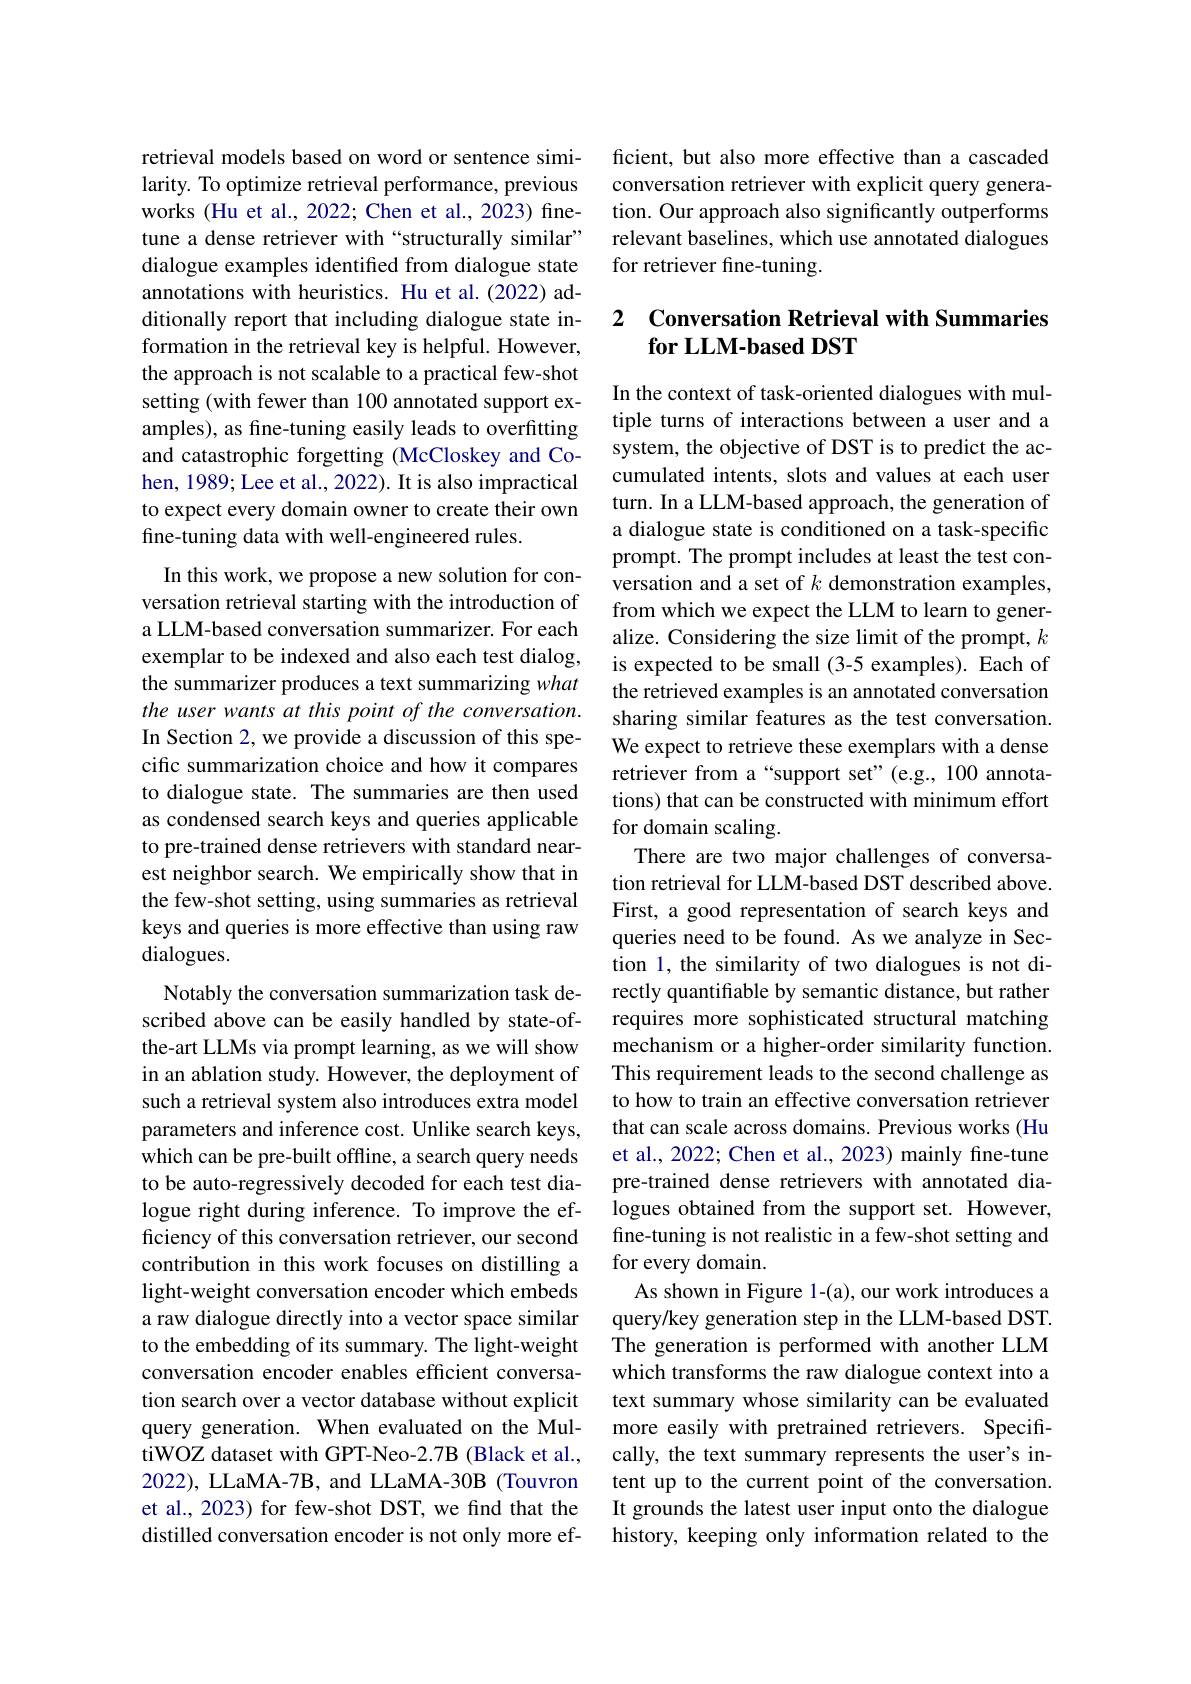
retrieval models based on word or sentence similarity. To optimize retrieval performance, previous works (Hu et al., 2022; Chen et al., 2023) finetune a dense retriever with“structurally similar” dialogue examples identified from dialogue state annotations with heuristics. Hu et al.(2022) additionally report that including dialogue state information in the retrieval key is helpful. However, the approach is not scalable to a practical few-shot setting (with fewer than 100 annotated support examples), as fine-tuning easily leads to overfitting and catastrophic forgetting (McCloskey and Cohen, 1989; Lee et al., 2022). It is also impractical to expect every domain owner to create their own fine-tuning data with well-engineered rules.

In this work, we propose a new solution for conversation retrieval starting with the introduction of a LLM-based conversation summarizer. For each exemplar to be indexed and also each test dialog, the summarizer produces a text summarizing what the user wants at this point of the conversation. In Section 2, we provide a discussion of this specific summarization choice and how it compares to dialogue state. The summaries are then used as condensed search keys and queries applicable to pre-trained dense retrievers with standard nearest neighbor search. We empirically show that in the few-shot setting, using summaries as retrieval keys and queries is more effective than using raw dialogues.
Notably the conversation summarization task described above can be easily handled by state-ofthe-art LLMs via prompt learning, as we will show in an ablation study. However, the deployment of such a retrieval system also introduces extra model parameters and inference cost. Unlike search keys, which can be pre-built offline, a search query needs to be auto-regressively decoded for each test dialogue right during inference. To improve the efficiency of this conversation retriever, our second contribution in this work focuses on distilling a light-weight conversation encoder which embeds a raw dialogue directly into a vector space similar to the embedding of its summary. The light-weight conversation encoder enables efficient conversation search over a vector database without explicit query generation. When evaluated on the MultiWOZ dataset with GPT-Neo-2.7B (Black et al., 2022), LLaMA-7B, and LLaMA-30B (Touvron et al., 2023) for few-shot DST, we find that the distilled conversation encoder is not only more ef-

ficient, but also more effective than a cascaded conversation retriever with explicit query generation. Our approach also significantly outperforms relevant baselines, which use annotated dialogues for retriever fine-tuning.

### 2 Conversation Retrieval with Summaries $\textbf{for LLM- based DST}$

In the context of task-oriented dialogues with multiple turns of interactions between a user and a system, the objective of DST is to predict the accumulated intents, slots and values at each user turn. In a LLM-based approach, the generation of a dialogue state is conditioned on a task-specific prompt. The prompt includes at least the test conversation and a set of $k$ demonstration examples, from which we expect the LLM to learn to generalize. Considering the size limit of the prompt, $k$ is expected to be small (3-5 examples). Each of the retrieved examples is an annotated conversation sharing similar features as the test conversation. We expect to retrieve these exemplars with a dense retriever from a“support set”(e.g., 100 annotations) that can be constructed with minimum effort for domain scaling.
There are two major challenges of conversation retrieval for LLM-based DST described above. First, a good representation of search keys and queries need to be found. As we analyze in Section 1, the similarity of two dialogues is not directly quantifiable by semantic distance, but rather requires more sophisticated structural matching mechanism or a higher-order similarity function. This requirement leads to the second challenge as to how to train an effective conversation retriever that can scale across domains. Previous works (Hu et al., 2022; Chen et al., 2023) mainly fine-tune pre-trained dense retrievers with annotated dialogues obtained from the support set. However, fine-tuning is not realistic in a few-shot setting and for every domain.
As shown in Figure 1-(a), our work introduces a query/key generation step in the LLM-based DST. The generation is performed with another LLM which transforms the raw dialogue context into a text summary whose similarity can be evaluated more easily with pretrained retrievers. Specifically, the text summary represents the user's intent up to the current point of the conversation. It grounds the latest user input onto the dialogue history, keeping only information related to the